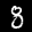
Label: 8